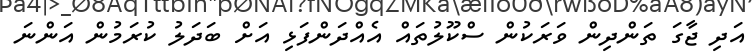
އަދި ޖާގަ ތަންދިން ވަރަކުން ސްކޫލުތައް އެއްދަންފަޅި އަށް ބަދަލު ކުރަމުން އަންނަ